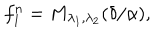
f _ { 1 } ^ { n } = M _ { \lambda _ { 1 } , \lambda _ { 2 } } ( \delta / \alpha ) ,